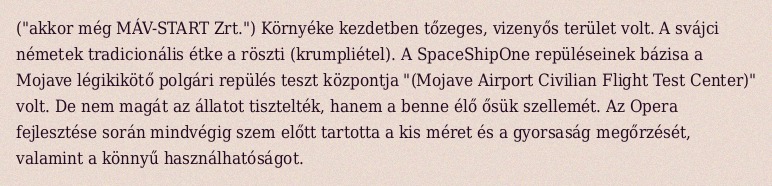
("akkor még MÁV-START Zrt.") Környéke kezdetben tőzeges, vizenyős terület volt. A svájci németek tradicionális étke a röszti (krumpliétel). A SpaceShipOne repüléseinek bázisa a Mojave légikikötő polgári repülés teszt központja "(Mojave Airport Civilian Flight Test Center)" volt. De nem magát az állatot tisztelték, hanem a benne élő ősük szellemét. Az Opera fejlesztése során mindvégig szem előtt tartotta a kis méret és a gyorsaság megőrzését, valamint a könnyű használhatóságot.